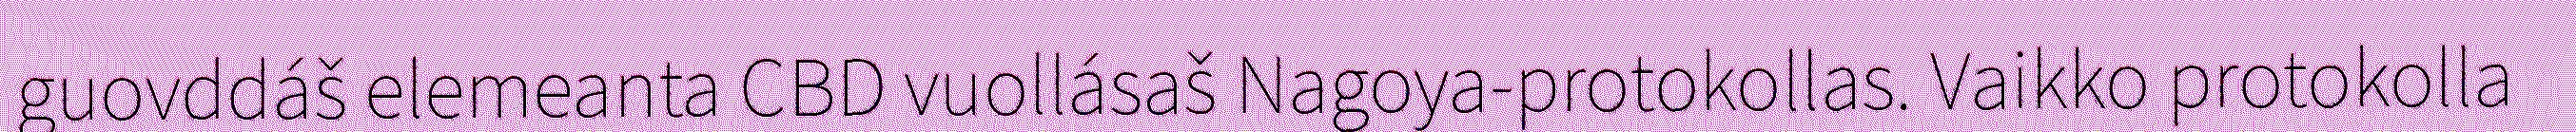
guovddáš elemeanta CBD vuollásaš Nagoya-protokollas. Vaikko protokolla